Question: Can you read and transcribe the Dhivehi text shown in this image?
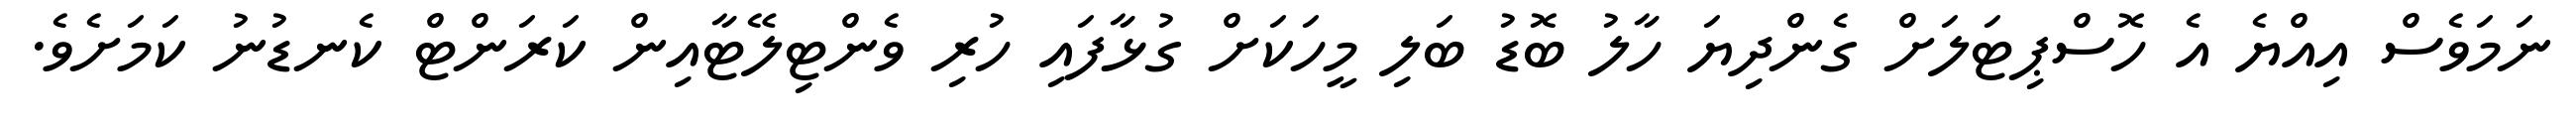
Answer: ނަމަވެސް އިއްޔެ އެ ހޮސްޕިޓަލަށް ގެންދިޔަ ހާލު ބޮޑު ބަލި މީހަކަށް ގުޅާފައި ހުރި ވެންޓިލޭޓާއިން ކަރަންޓް ކެނޑުނު ކަމަށެވެ.